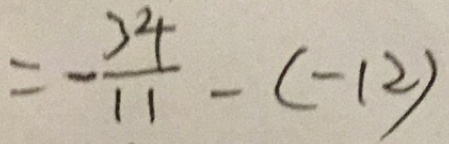
= - \frac { 3 4 } { 1 1 } - ( - 1 2 )